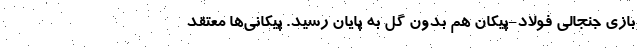
بازی جنجالی فولاد-پیکان هم بدون گل به پایان رسید. پیکانی‌ها معتقد